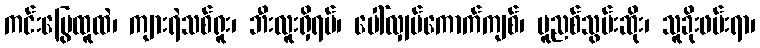
ကင်းမြွေထူထဲ၊ ကျားရဲသစ်ရူး၊ ဘီးလူးရှိရပ်၊ ပေါ်လျှပ်ကောက်ကျစ်၊ မူညစ်သွမ်းဆိုး၊ သူခိုးဖမ်းရာ၊